Civil Veterinary Department. Central Provinces & Berar 1932-41 - 1932-1941
Year: 1932
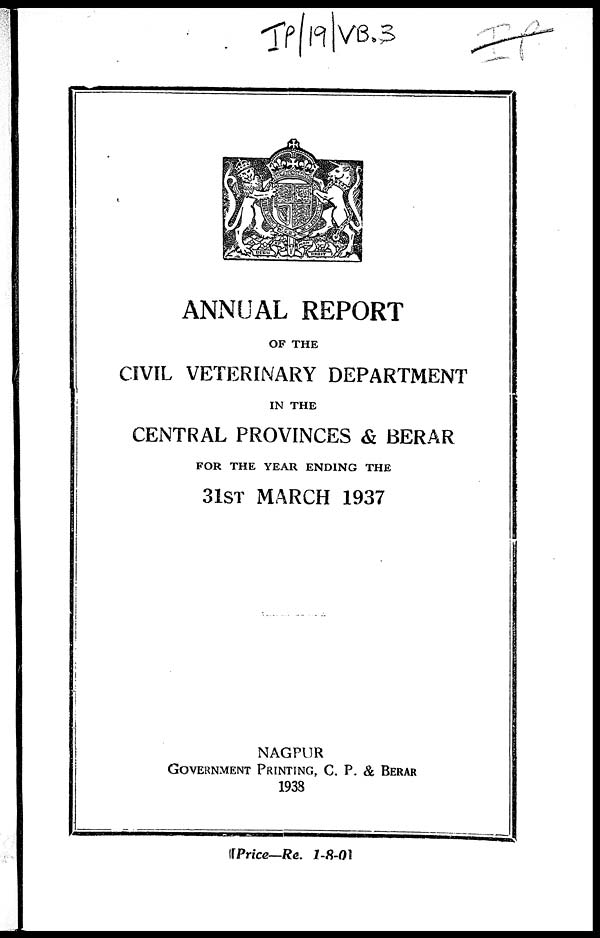
ANNUAL REPORT
OF THE
CIVIL VETERINARY DEPARTMENT
IN THE
CENTRAL PROVINCES & BERAR
FOR THE YEAR ENDING THE
31ST MARCH 1937
NAGPUR
GOVERNMENT PRINTING, C. P. & BERAR
1938
[ Price—Re. 1-8-01